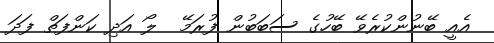
އެއީ ބޭނުންކުރެވޭ ބޭހުގެ ސަބަބުން ފުރަމޭ  ލޯ އަދި ކަންފަތް ފަދަ